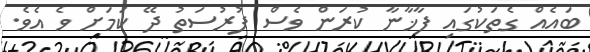
ބައެއް ގެތަކުގައި ފާޚާނާ ކުރަން ވެސް ފުރުސަތު ދޭ ކަމަށް ވެ އެވެ.